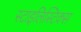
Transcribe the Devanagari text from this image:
स्टाइलिस्टिक्स